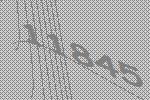
11845